Indian Medical Review
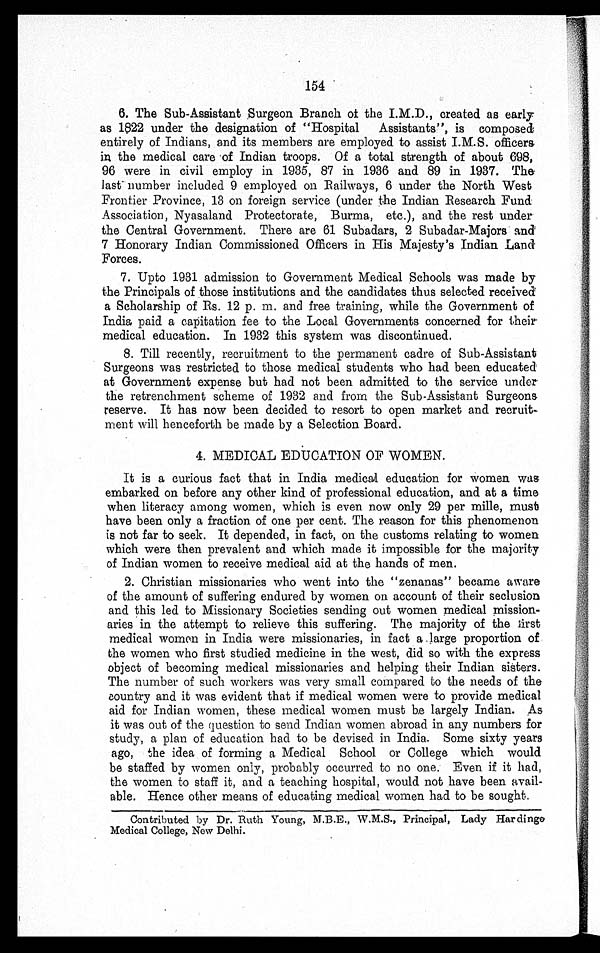
154
6 . T h e S u b - A s s i s t a n t S u r g e o n B r a n c h o f t h e I . M . D . , c r e a t e d a s e a r l y
as 1822 under the designation of "Hospital Assistants", is composed
entirely of Indians, and its members are employed to assist I.M.S. officers
in the medical care of Indian troops. Of a total strength of about 698,
96 were in civil employ in 1935, 87 in 1936 and 89 in 1937. The
last number included 9 employed on Railways, 6 under the North West
Frontier Province, 13 on foreign service (under the Indian Research Fund
Association, Nyasaland Protectorate, Burma, etc.), and the rest under
the Central Government. There are 61 Subadars, 2 Subadar-Majors and
7 Honorary Indian Commissioned Officers in His Majesty's Indian Land
Forces.
7 . U p t o 1 9 3 1 a d m i s s i o n t o G o v e r n m e n t M e d i c a l S c h o o l s w a s m a d e b y
the Principals of those institutions and the candidates thus selected received
a Scholarship of Rs. 12 p. m. and free training, while the Government of
India paid a capitation fee to the Local Governments concerned for their
medical education. In 1932 this system was discontinued.
8 . T i l l r e c e n t l y , r e c r u i t m e n t t o t h e p e r m a n e n t c a d r e o f S u b - A s s i s t a n t
Surgeons was restricted to those medical students who had been educated
at Government expense but had not been admitted to the service under
the retrenchment scheme of 1932 and from the Sub-Assistant Surgeons
reserve. It has now been decided to resort to open market and recruit-
ment will henceforth be made by a Selection Board.
4. MEDICAL EDUCATION OF WOMEN.
It is a curious fact that in India medical education for women was
embarked on before any other kind of professional education, and at a time
when literacy among women, which is even now only 29 per mille,must
have been only a fraction of one per cent. The reason for this phenomenon
is not far to seek. It depended, in fact, on the customs relating to women
which were then prevalent and which made it impossible for the majority
of Indian women to receive medical aid at the hands of men.
2. Christian missionaries who went into the "zenanas" became aware
of the amount of suffering endured by women on account of their seclusion
and this led to Missionary Societies sending out women medical mission-
aries in the attempt to relieve this suffering. The majority of the first
medical women in India were missionaries, in fact a large proportion of
the women who first studied medicine in the west, did so with the express
object of becoming medical missionaries and helping their Indian sisters.
The number of such workers was very small compared to the needs of the
country and it was evident that if medical women were to provide medical
aid for Indian women, these medical women must be largely Indian. As
it was out of the question to send Indian women abroad in any numbers for
study, a plan of education had to be devised in India. Some sixty years
ago, the idea of forming a Medical School or College which would
be staffed by women only, probably occurred to no one. Even if it had,
the women to staff it, and a teaching hospital, would not have been avail-
able. Hence other means of educating medical women had to be sought.
Contributed by Dr. Ruth Young, M.B.E., W.M.S., Principal, Lady Hardinge
Medical College, New Delhi.